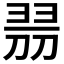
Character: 𠝧